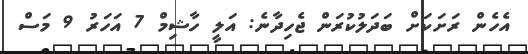
އެހެން ރަށަކަށް ބަދަލުކުރަން ޖެހިދާނެ: އަލީ ހާޝިމް 7 އަހަރު 9 މަސް